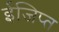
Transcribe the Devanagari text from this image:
ईजिप्‍त